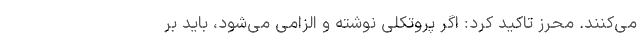
می‌کنند. محرز تاکید کرد: اگر پروتکلی نوشته و الزامی می‌شود، باید بر